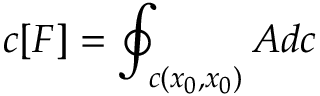
c [ F ] = \oint _ { c ( x _ { 0 } , x _ { 0 } ) } A d c